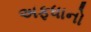
અફધાનો